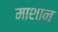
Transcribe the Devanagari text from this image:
माशान